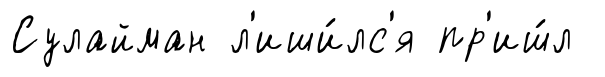
Сулайман л'иши́лс'я пр'иш́л